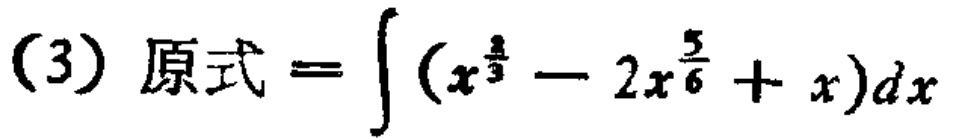
(3) 原式 \(=\int (x^{\frac{2}{3}} - 2x^{\frac{5}{6}} + x)dx\)